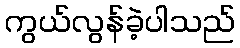
ကွယ်လွန်ခဲ့ပါသည်